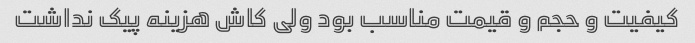
کیفیت و حجم و قیمت مناسب بود ولی کاش هزینه پیک نداشت